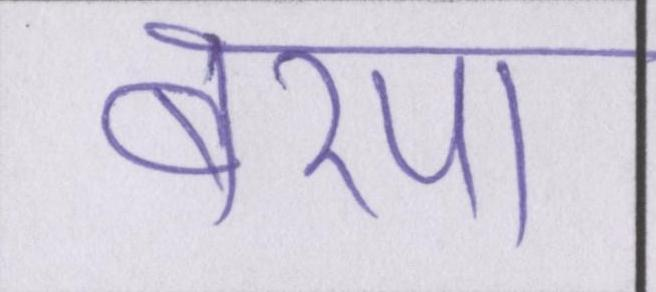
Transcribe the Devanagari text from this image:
बरपा